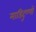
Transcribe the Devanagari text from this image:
माडिदुण्णों